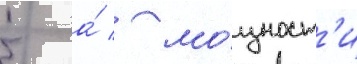
5 а́ / мо́щност'и